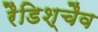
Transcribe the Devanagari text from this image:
रैडिश्चैव